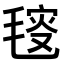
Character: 𣮬